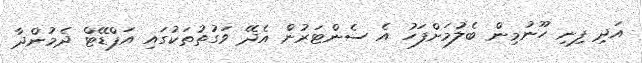
އަދި ފިނި ހޫނުމިން ބެލުމަށްފަހު އެ ސެންޓަރުން އެދޭ ވަގުތުތަކުގައި އަޕްޑޭޓް ދެމުންދާ